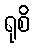
ရုစိ